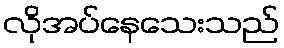
လိုအပ်နေသေးသည်